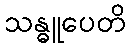
သန္ဓူပေတိ